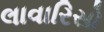
લાવારિસો